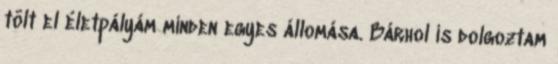
tölt el életpályám minden egyes állomása. Bárhol is dolgoztam